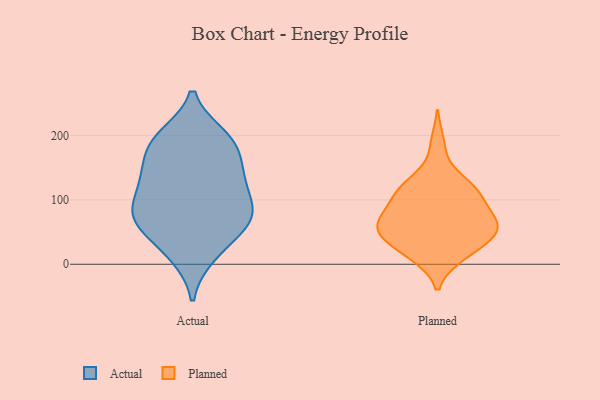
{"axis": {"x": "Customer Acquisition Cost (USD)", "y": "Value"}, "legend": ["Actual", "Planned"], "data": [{"x": "", "y": 74, "type": "Actual"}, {"x": "", "y": 77, "type": "Actual"}, {"x": "", "y": 180, "type": "Actual"}, {"x": "", "y": 198, "type": "Actual"}, {"x": "", "y": 183, "type": "Actual"}, {"x": "", "y": 54, "type": "Actual"}, {"x": "", "y": 13, "type": "Actual"}, {"x": "", "y": 193, "type": "Actual"}, {"x": "", "y": 16, "type": "Actual"}, {"x": "", "y": 71, "type": "Actual"}, {"x": "", "y": 80, "type": "Actual"}, {"x": "", "y": 134, "type": "Actual"}, {"x": "", "y": 51, "type": "Actual"}, {"x": "", "y": 140, "type": "Actual"}, {"x": "", "y": 131, "type": "Actual"}, {"x": "", "y": 78, "type": "Actual"}, {"x": "", "y": 119, "type": "Actual"}, {"x": "", "y": 199, "type": "Actual"}, {"x": "", "y": 95, "type": "Actual"}, {"x": "", "y": 147, "type": "Actual"}, {"x": "", "y": 118, "type": "Planned"}, {"x": "", "y": 58, "type": "Planned"}, {"x": "", "y": 65, "type": "Planned"}, {"x": "", "y": 17, "type": "Planned"}, {"x": "", "y": 55, "type": "Planned"}, {"x": "", "y": 135, "type": "Planned"}, {"x": "", "y": 80, "type": "Planned"}, {"x": "", "y": 109, "type": "Planned"}, {"x": "", "y": 98, "type": "Planned"}, {"x": "", "y": 187, "type": "Planned"}, {"x": "", "y": 16, "type": "Planned"}, {"x": "", "y": 13, "type": "Planned"}, {"x": "", "y": 44, "type": "Planned"}, {"x": "", "y": 46, "type": "Planned"}, {"x": "", "y": 120, "type": "Planned"}, {"x": "", "y": 66, "type": "Planned"}, {"x": "", "y": 79, "type": "Planned"}, {"x": "", "y": 52, "type": "Planned"}, {"x": "", "y": 44, "type": "Planned"}, {"x": "", "y": 112, "type": "Planned"}]}